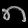
Digit: ၈